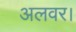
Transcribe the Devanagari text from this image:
अलवर।